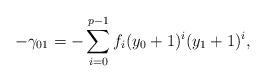
LaTeX: \begin{align*}- \gamma_{01} = - \sum_{i=0}^{p-1} f_i (y_0+1)^i(y_1+1)^i,\end{align*}